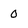
Character: 0